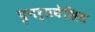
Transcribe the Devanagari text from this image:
पुनर्प्रवेशित